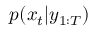
p ( x _ { t } | y _ { 1 : T } )